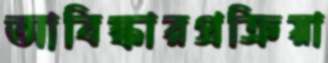
আবিষ্কারপ্রক্রিয়া